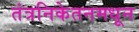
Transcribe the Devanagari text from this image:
तंत्रनिकेतनमधून